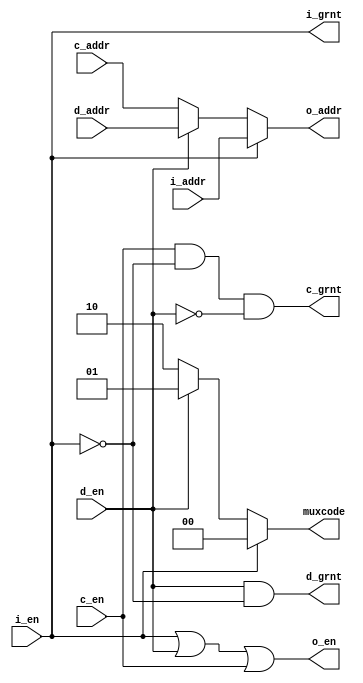
/**
 * Conflict Detection Write Unit
 *
 * Receives enable and address signals and returns:
 *  - A grant signal
 *  - A chosen enable signal
 *  - A chosen address signal
 *  - A 2-bit mux code
 */

`timescale 1ns/1ps
module cdwu(i_en, i_addr, i_grnt,
            d_en, d_addr, d_grnt,
            c_en, c_addr, c_grnt,
            o_en, o_addr, muxcode);
            

/* Parameters */
parameter  BANKBITS = 5;
parameter  WORDBITS = 9;


/* Local Parameters */
localparam a = BANKBITS+WORDBITS;


/* Interface */
input  wire          i_en;
input  wire[a-1 : 0] i_addr;
output wire          i_grnt;

input  wire          d_en;
input  wire[a-1 : 0] d_addr;
output wire          d_grnt;

input  wire          c_en;
input  wire[a-1 : 0] c_addr;
output wire          c_grnt;

output wire          o_en;
output wire[a-1 : 0] o_addr;
output wire[1 : 0]   muxcode;


/* Wiring */
assign o_en        = i_en | d_en | c_en;

assign o_addr      = i_en ? i_addr : (d_en ? d_addr : c_addr);
assign muxcode     = i_en ?   2'd0 : (d_en ?   2'd1 :   2'd2);

assign i_grnt      = i_en;
assign d_grnt      = d_en & ~i_en;
assign c_grnt      = c_en & ~i_en & ~d_en;


/* Module end */
endmodule